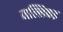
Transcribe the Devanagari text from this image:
मल्लिकइ